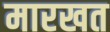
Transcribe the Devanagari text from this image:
मारखत